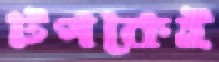
টপকেই